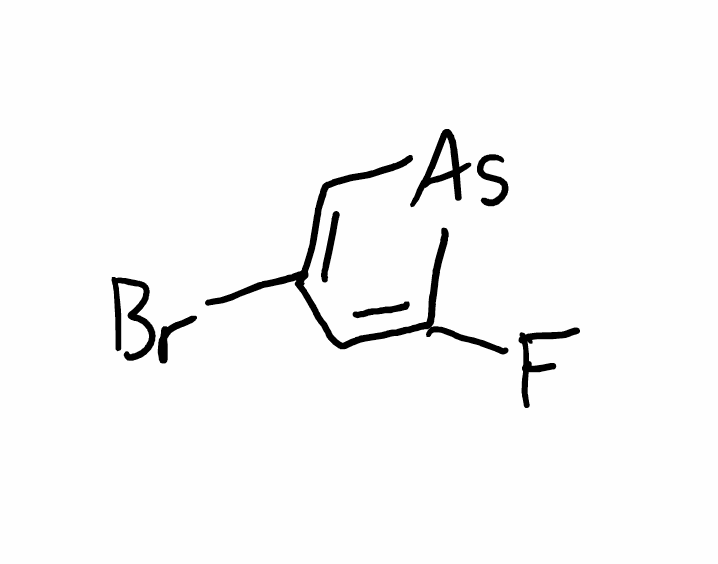
Simplified molecular-input line-entry system (SMILES) notation of the given molecule:
C1=C([As]C=C1Br)F